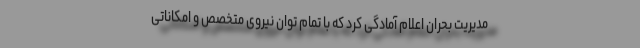
مدیریت بحران اعلام آمادگی کرد که با تمام توانِ نیروی متخصص و امکاناتی